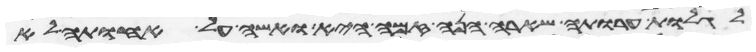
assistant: לגלות ערותה שארה הנה זמה היא ואשה על אחותה לא